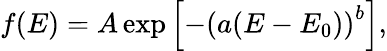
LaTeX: f(E)=A\exp{\left[-\left(a(E-E_{0})\right)^{b}\right]},